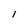
Character: l